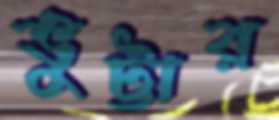
ভুট্টার